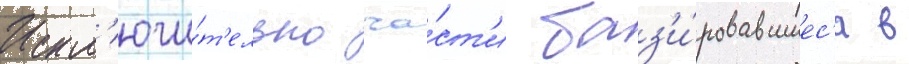
Искл'ючи́т'ельно ча́ст'и баз'и́ровавшиес'я в